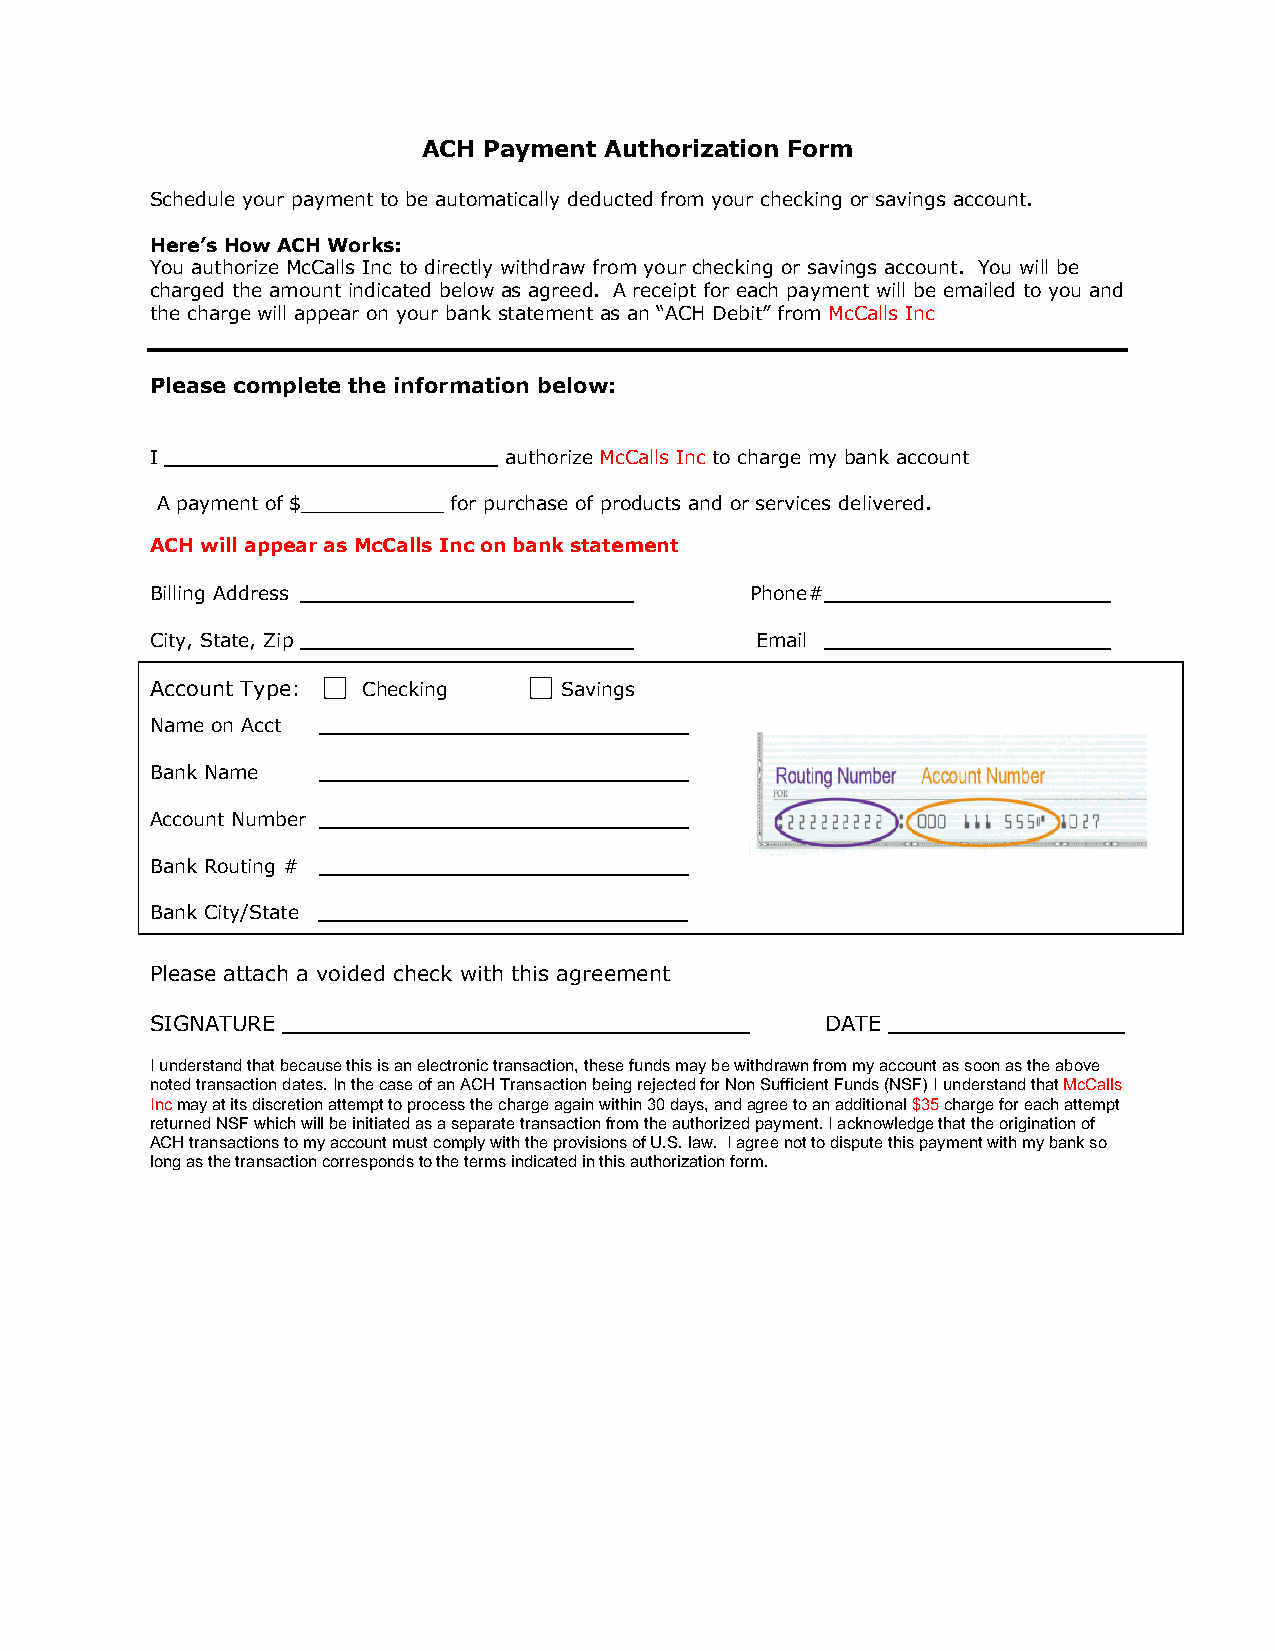
ACH Payment Authorization Form
 Schedule your payment to be automatically deducted from your checking or savings account.
 Here’s How ACH Works:
 You authorize McCalls Inc to directly withdraw from your checking or savings account. You will be
 charged the amount indicated below as agreed. A receipt for each payment will be emailed to you and
 the charge will appear on your bank statement as an “ACH Debit” from McCalls Inc
 Please complete the information below:
 I ____________________________ authorize McCalls Inc to charge my bank account
 A payment of $____________ for purchase of products and or services delivered.
 ACH will appear as McCalls Inc on bank statement
 Billing Address ____________________________ Phone# ________________________
 City, State, Zip ____________________________ Email ________________________
 Account Type: Checking     Savings
 Name on Acct _______________________________
 Bank Name  _______________________________
 Account Number _______________________________
 Bank Routing # _______________________________
 Bank City/State _______________________________
 Please attach a voided check with this agreement
 SIGNATURE                                    DATE
 I understand that because this is an electronic transaction, these funds may be withdrawn from my account as soon as the above
 noted transaction dates. In the case of an ACH Transaction being rejected for Non Sufficient Funds (NSF) I understand that McCalls
 Inc may at its discretion attempt to process the charge again within 30 days, and agree to an additional $35 charge for each attempt
 returned NSF which will be initiated as a separate transaction from the authorized payment. I acknowledge that the origination of
 ACH transactions to my account must comply with the provisions of U.S. law. I agree not to dispute this payment with my bank so
 long as the transaction corresponds to the terms indicated in this authorization form.